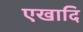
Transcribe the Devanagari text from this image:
एखादि